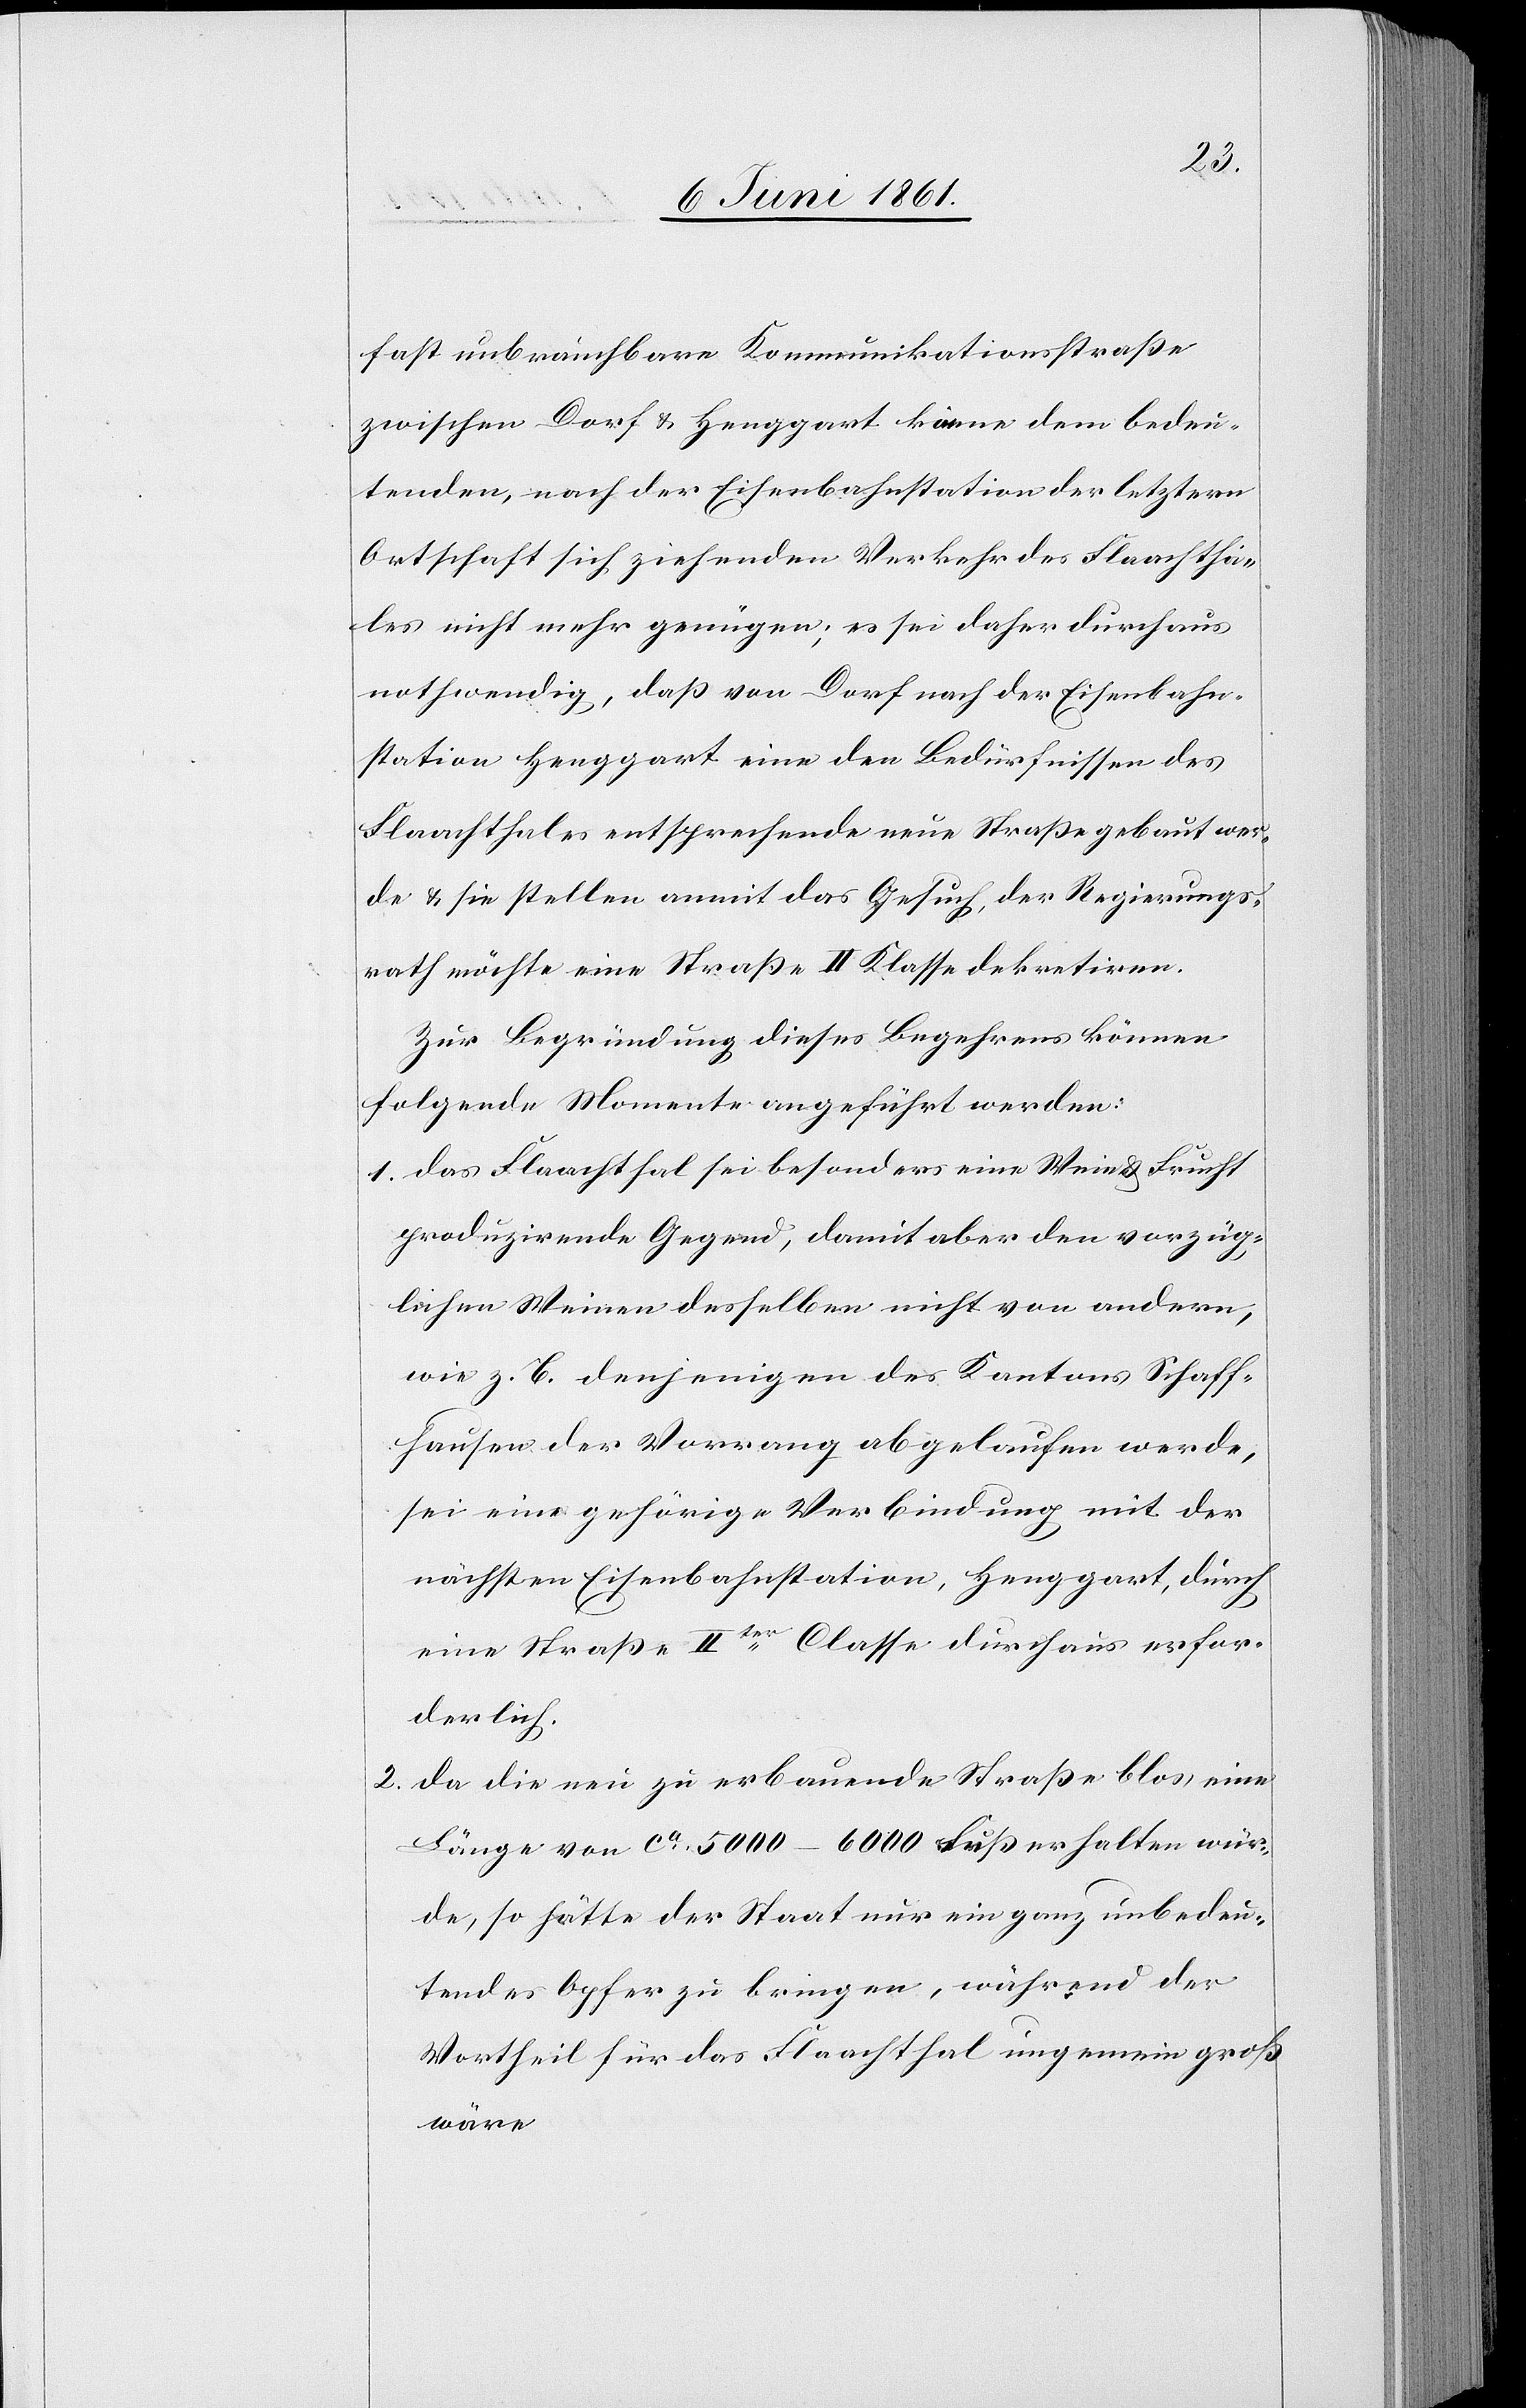
fast unbrauchbare Kommunikationsstraße
zwischen Dorf u. Henggart könne dem bedeu¬
tenden, nach der Eisenbahnstation der letztern
Ortschaft sich ziehenden Verkehr des Flaachtha¬
les nicht mehr genügen; es sei daher durchaus
nothwendig, daß von Dorf nach der Eisenbahn¬
station Henggart eine den Bedürfnissen des
Flaachthales entsprechende neue Straße gebaut wer¬
de u. sie stellen anmit das Gesuch, der Regierungs¬
rath möchte eine Straße II Klasse dekretiren.
Zur Begründung dieser Begehren können
folgende Momente angeführt werden:
1. das Flaachthal sei besonders eine Wein u. Frucht
produzirende Gegend, damit aber den vorzüg¬
lichen Weinen desselben nicht von andern,
wie z. B. denjenigen des Kantons Schaff¬
hausen der Vorrang abgelaufen werde,
sei eine gehörige Verbindung mit der
nächsten Eisenbahnstation, Henggart, durch
eine Straße IIter Classe durchaus erfor¬
derlich.
2. da die neu zu erbauende Straße blos eine
Länge von ca 5000–6000 Fuß erhalten wür¬
de, so hätte der Staat nur ein ganz unbedeu¬
tendes Opfer zu bringen, während der
Vortheil für das Flaachthal ungemein groß
wäre.